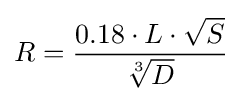
R={\frac {0.18\cdot L\cdot {\sqrt {S}}}{\sqrt[{3}]{D}}}